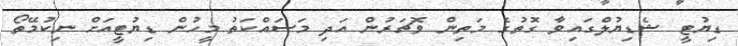
ޑިޔުޓީ ޝެޑިޔުލްގައިވާ ގޮތުގެ މަތިން ވޮޗަރުން އަދި މަސައްކަތު މީހުން ޑިޔުޓީއަށް ނިކުމޭތޯ